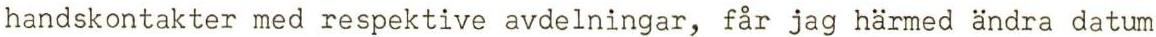
handskontakter med respektive avdelningar, får jag härmed ändra datum